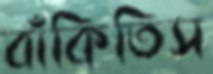
বাঁকিতিস